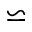
\backsimeq